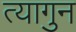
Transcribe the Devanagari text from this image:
त्यागुन